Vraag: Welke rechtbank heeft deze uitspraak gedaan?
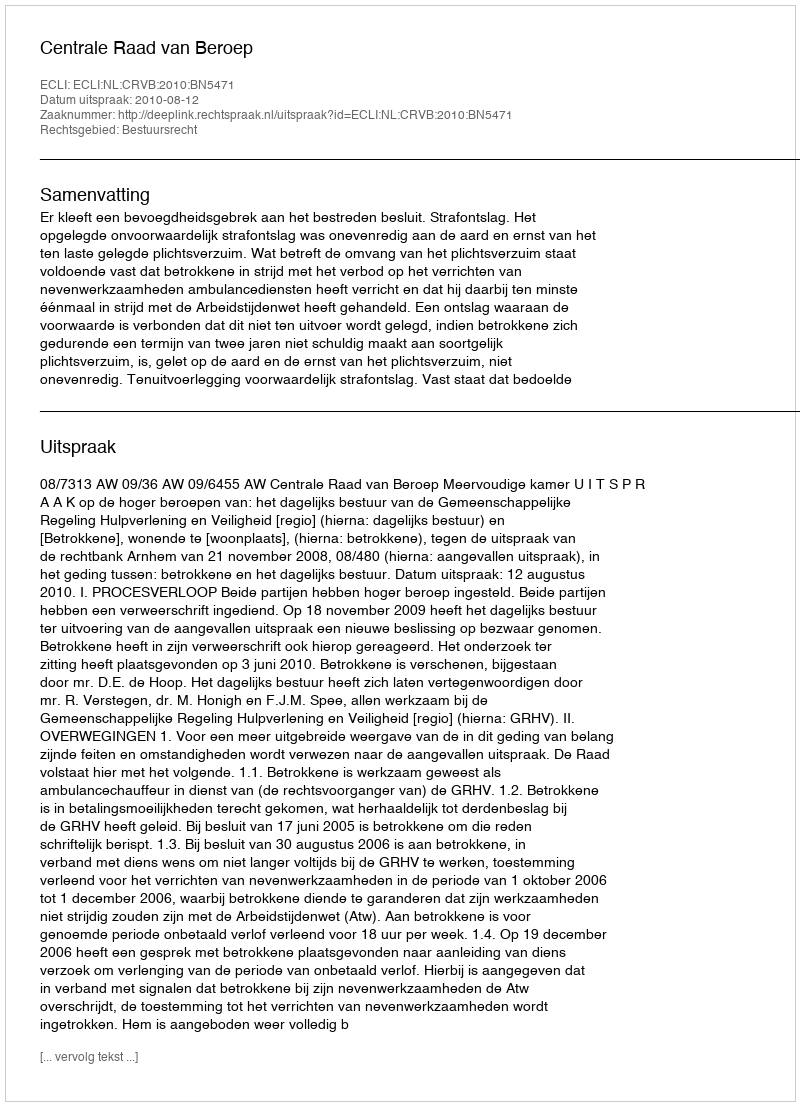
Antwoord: Centrale Raad van Beroep